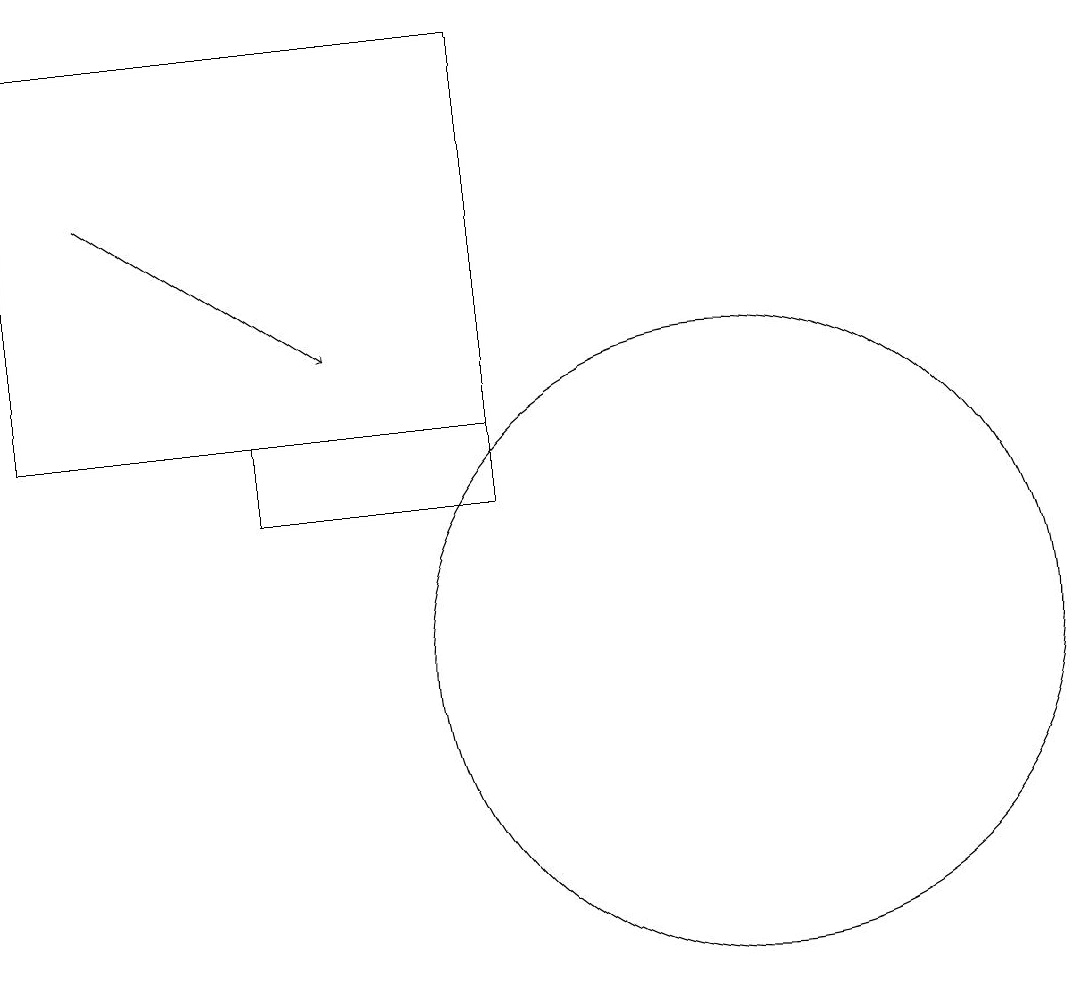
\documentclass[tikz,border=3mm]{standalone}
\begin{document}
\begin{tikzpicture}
\draw (10,11) circle (4);
\draw[->] (2,17) -- (5,15);
\draw (1,14) rectangle (7,19);
\draw (11,11) circle (0);
\draw (12,11) circle (0);
\draw (4,13) rectangle (7,14);
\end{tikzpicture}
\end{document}